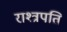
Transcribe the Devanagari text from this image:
राश्त्रपति